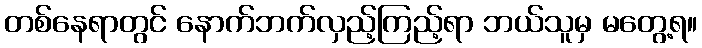
တစ်နေရာတွင် နောက်ဘက်လှည့်ကြည့်ရာ ဘယ်သူမှ မတွေ့ရ။